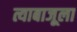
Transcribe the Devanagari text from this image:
त्याबाजूला